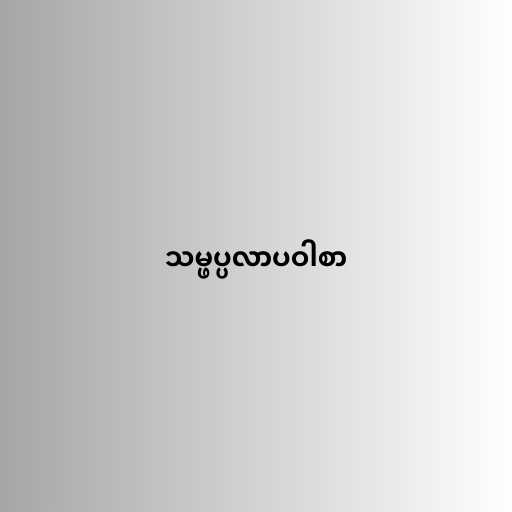
သမ္ဖပ္ပလာပဝါစာ